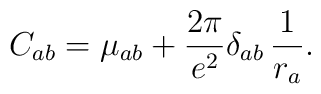
C_{ab}=\mu_{ab}+\frac{2\pi}{e^2}\delta_{ab}\,\frac{1}{r_a}.